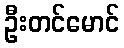
ဦးတင်မောင်